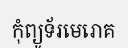
កុំព្យូទ័រមេរោគ